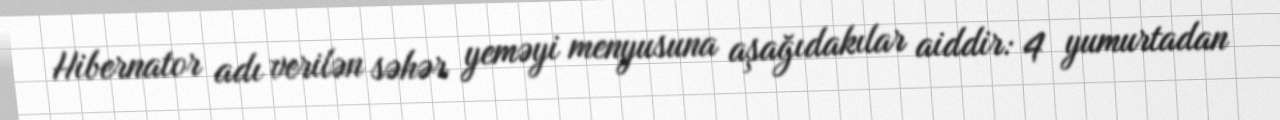
Hibernator adı verilən səhər yeməyi menyusuna aşağıdakılar aiddir: 4 yumurtadan